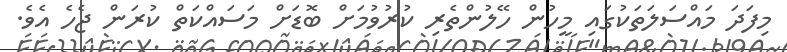
މިފަދަ މައްސަލަތަކުގައި މީހުން ހޭލުންތެރި ކުރުވުމަށް ބޮޑަށް މަސައްކަތް ކުރަން ޖެހެ އެވެ.